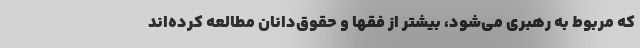
که مربوط به رهبری می‌شود، بیشتر از فقها و حقوق‌دانان مطالعه کرده‌اند